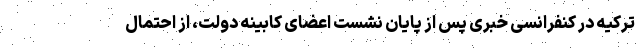
ترکیه در کنفرانسی خبری پس از پایان نشست اعضای کابینه دولت، از احتمال